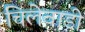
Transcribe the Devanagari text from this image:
चिलेवाडी